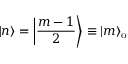
| n \rangle = \left| \frac { m - 1 } { 2 } \right\rangle \equiv | m \rangle _ { \mathrm { o } }